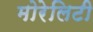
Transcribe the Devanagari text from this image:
मोरेलिटी